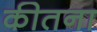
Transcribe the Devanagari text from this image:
कीतना